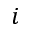
i